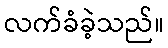
လက်ခံခဲ့သည်။